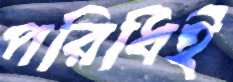
পরিধিই